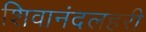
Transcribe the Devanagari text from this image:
शिवानंदलहरी